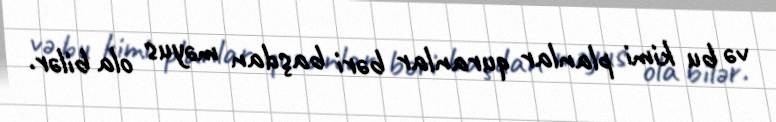
və bu kimi planlar quranlar bəri başdan məyus ola bilər.